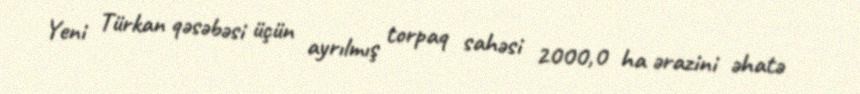
Yeni Türkan qəsəbəsi üçün ayrılmış torpaq sahəsi 2000,0 ha ərazini əhatə